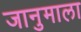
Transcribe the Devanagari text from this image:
जानुमाला